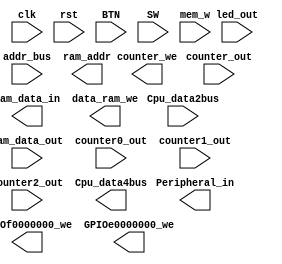
module MIO_BUS(input clk,
					input rst,
					input[3:0]BTN,
					input[15:0]SW,
					input mem_w,
					input[31:0]Cpu_data2bus,				//data from CPU
					input[31:0]addr_bus,
					input[31:0]ram_data_out,
					input[15:0]led_out,
					input[31:0]counter_out,
					input counter0_out,
					input counter1_out,
					input counter2_out,
					
					output reg[31:0]Cpu_data4bus,				//write to CPU
					output reg[31:0]ram_data_in,				//from CPU write to Memory
					output reg[9:0]ram_addr,						//Memory Address signals
					output reg data_ram_we,
					output reg GPIOf0000000_we,
					output reg GPIOe0000000_we,
					output reg counter_we,
					output reg[31:0]Peripheral_in
					);
															
endmodule